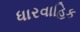
ધારવાહિક